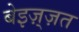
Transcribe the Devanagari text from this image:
बेइज़्ज़त